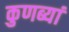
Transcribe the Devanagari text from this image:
कुणब्यां